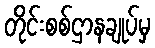
တိုင်းစစ်ဌာနချုပ်မှ